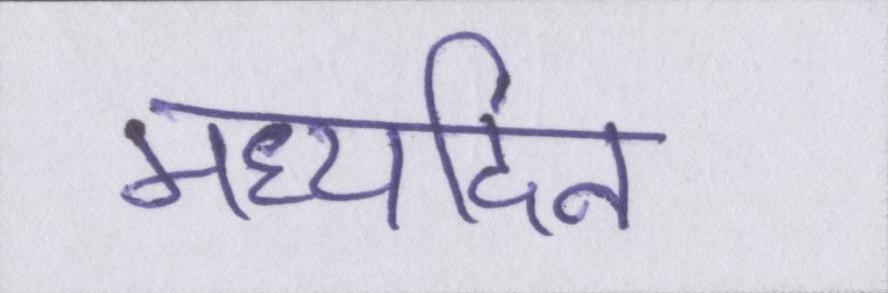
मध्यदिन